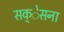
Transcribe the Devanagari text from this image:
सक्ेसना